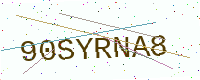
Text: 90SYRNA8